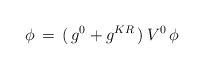
\begin{align*}\phi\,=\,(\,g^0+g^{KR}\,)\,V^0\,\phi\end{align*}